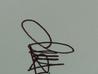
Signature authenticity: genuine